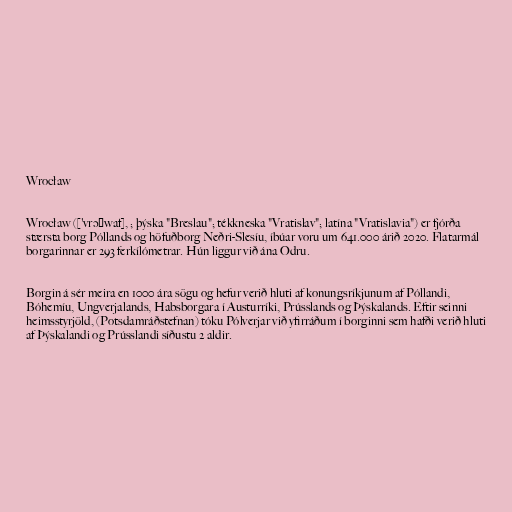
Wrocław

Wrocław (['vrɔʦwaf], ; þýska "Breslau"; tékkneska "Vratislav"; latína "Vratislavia") er fjórða
stærsta borg Póllands og höfuðborg Neðri-Slesíu, íbúar voru um 641.000 árið 2020. Flatarmál
borgarinnar er 293 ferkílómetrar. Hún liggur við ána Odru.

Borgin á sér meira en 1000 ára sögu og hefur verið hluti af konungsríkjunum af Póllandi,
Bóhemíu, Ungverjalands, Habsborgara í Austurríki, Prússlands og Þýskalands. Eftir seinni
heimsstyrjöld, (Potsdamráðstefnan) tóku Pólverjar við yfirráðum í borginni sem hafði verið hluti
af Þýskalandi og Prússlandi síðustu 2 aldir.